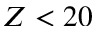
Z < 2 0